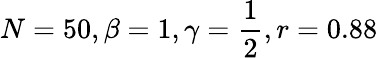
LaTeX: N=50,\beta=1,\gamma=\frac{1}{2},r=0.88